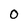
Character: O